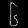
Digit: ၆